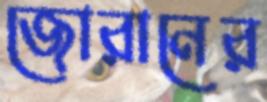
জোরানের